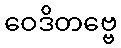
ဝေဒိတဗ္ဗေ